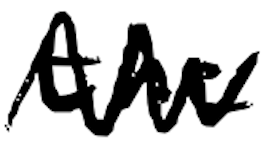
Text: the
Cross-out: zig-zag
Writing tool: digital_black